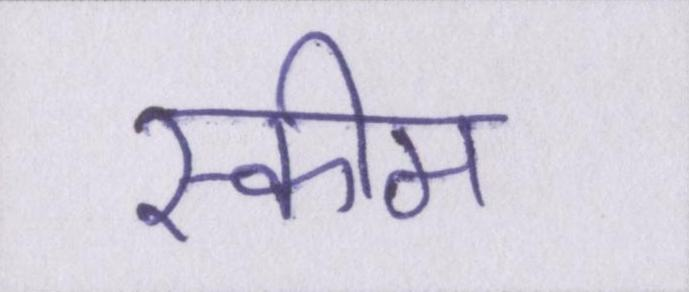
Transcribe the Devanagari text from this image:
स्कीम